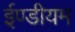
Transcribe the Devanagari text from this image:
ईण्डीयम